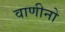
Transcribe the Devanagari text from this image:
वाणीनो